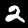
Label: 2